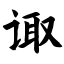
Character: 诹